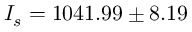
I _ { s } = 1 0 4 1 . 9 9 \pm 8 . 1 9